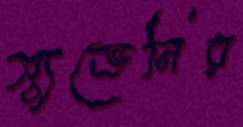
স্যুভেনির